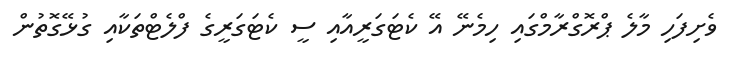
ވެށިފަހި މާލެ ޕްރޮގްރާމްގައި ހިމެނޭ އޭ ކެޓަގަރީއާއި ސީ ކެޓަގަރީގެ ފްލެޓްތަކާއި ގުޅޭގޮތުން